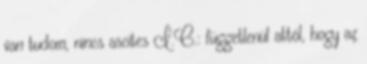
van tudom, nincs ascites I.C.: függetlenül attól, hogy az